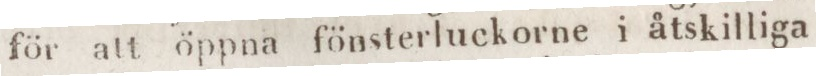
för att öppna fönsterluckorne i åtskilliga